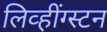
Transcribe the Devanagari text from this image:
लिव्हींग्स्टन